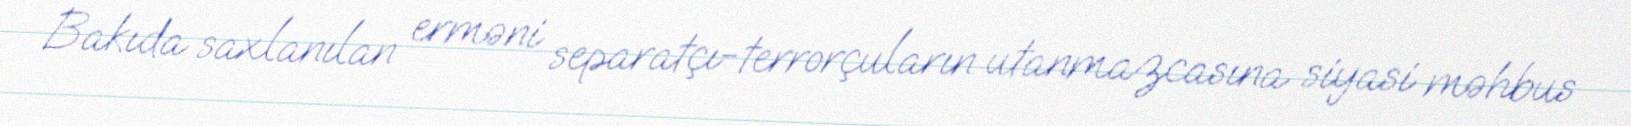
Bakıda saxlanılan erməni separatçı-terrorçuların utanmazcasına siyasi məhbus